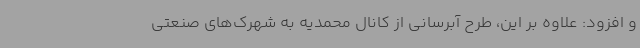
و افزود: علاوه بر این، طرح آبرسانی از کانال محمدیه به شهرک‌های صنعتی